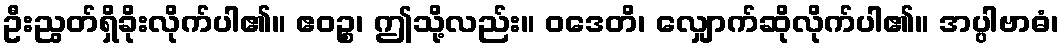
ဦးညွတ်ရှိခိုးလိုက်ပါ၏။ ဧဝဉ္စ၊ ဤသို့လည်း။ ဝဒေတိ၊ လျှောက်ဆိုလိုက်ပါ၏။ အပ္ပါဗာဓံ၊